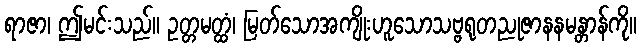
ရာဇာ၊ ဤမင်းသည်။ ဥတ္တမတ္ထံ၊ မြတ်သောအကျိုးဟူသောသဗ္ဗရုတညုဇာနနမန္တာန်ကို။